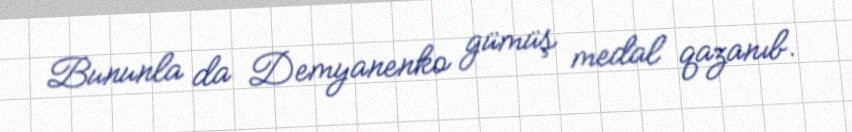
Bununla da Demyanenko gümüş medal qazanıb.